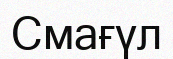
Смағүл